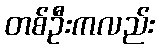
တစ်ဦးကလည်း